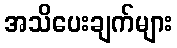
အသိပေးချက်များ